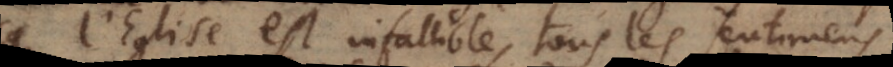
l’Eglise est infallible, tous les sentimens